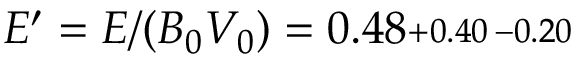
E ^ { \prime } = E / ( B _ { 0 } V _ { 0 } ) = 0 . 4 8 \substack { + 0 . 4 0 \, - 0 . 2 0 }